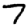
Digit: 7